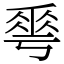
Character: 𠌶